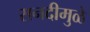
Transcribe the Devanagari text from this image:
सनदीमुळे